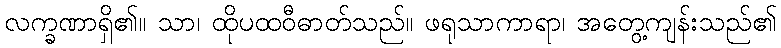
လက္ခဏာရှိ၏။ သာ၊ ထိုပထဝီဓာတ်သည်။ ဖရုသာကာရာ၊ အတွေ့ကျန်းသည်၏